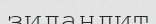
зиландит